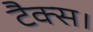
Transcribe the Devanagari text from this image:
टैक्स।